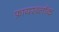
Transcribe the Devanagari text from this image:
फ़ायरब्लॉक